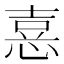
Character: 𢝫